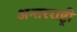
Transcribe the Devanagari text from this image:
अन्तरराष्ट्री